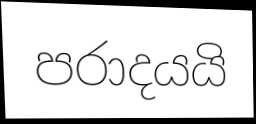
පරාදයයි